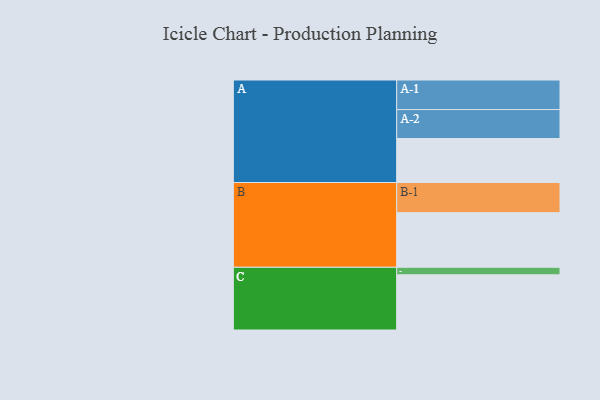
{"axis": {"x": "Segment", "y": "Value"}, "legend": ["", "A", "B", "C"], "data": [{"x": "A", "y": 357, "type": ""}, {"x": "B", "y": 443, "type": ""}, {"x": "C", "y": 448, "type": ""}, {"x": "A-1", "y": 240, "type": "A"}, {"x": "A-2", "y": 235, "type": "A"}, {"x": "B-1", "y": 245, "type": "B"}, {"x": "C-1", "y": 61, "type": "C"}]}